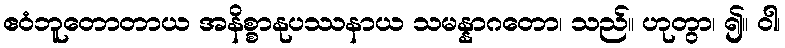
ဧဝံဘူတောတာယ အနိစ္စာနုပဿနာယ သမန္နာဂတော၊ သည်။ ဟုတွာ၊ ၍။ ဝါ၊